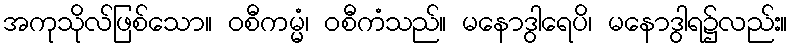
အကုသိုလ်ဖြစ်သော။ ဝစီကမ္မံ၊ ဝစီကံသည်။ မနောဒွါရေပိ၊ မနောဒွါရ၌လည်း။